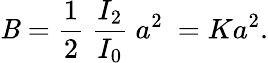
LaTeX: \mathit{B}=\frac{{1}}{{2}}~\frac{{I_{2}}}{{I_{0}}}~a^{2}~=Ka^{2}.